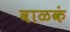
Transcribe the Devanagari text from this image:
वाळकं